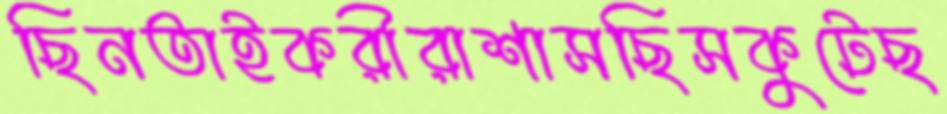
ছিনতাইকরীরাশাসছিসকুটেছ